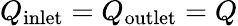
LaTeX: Q_{\textrm{inlet}}=Q_{\textrm{outlet}}=Q